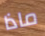
ماذا